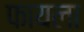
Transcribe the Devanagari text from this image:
फायला